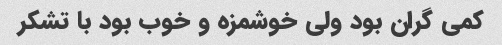
کمی گران بود ولی خوشمزه و خوب بود با تشکر